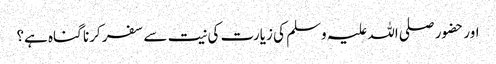
اور حضور صلی اللہ علیہ وسلم کی زیارت کی نیت سے سفر کرنا گناہ ہے؟